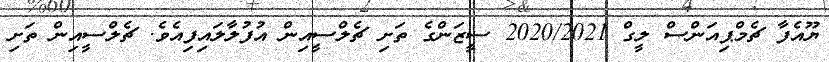
ޔޫއެފާ ޗެމްޕިއަންސް ލީގް 2020/2021 ސީޒަންގެ ތަށި ޗެލްސީއިން އުފުލާލައިފިއެވެ. ޗެލްސީއިން ތަށި